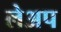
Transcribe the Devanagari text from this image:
लेअप